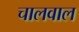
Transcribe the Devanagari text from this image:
चालवाल